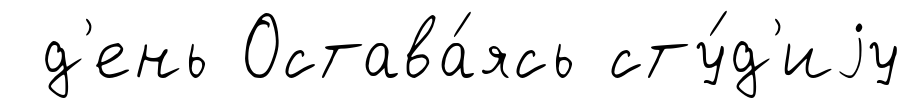
д'ень Остава́ясь сту́д'иjу